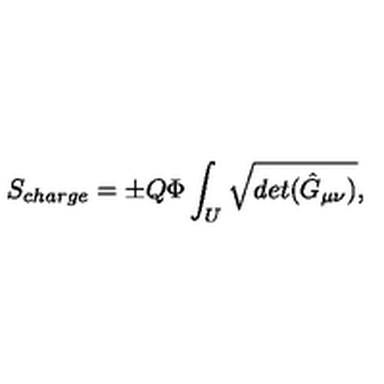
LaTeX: S _ { c h a r g e } = { \pm } Q { \Phi } \int _ { U } \sqrt { d e t ( { \hat { G } } _ { \mu \nu } ) } ,